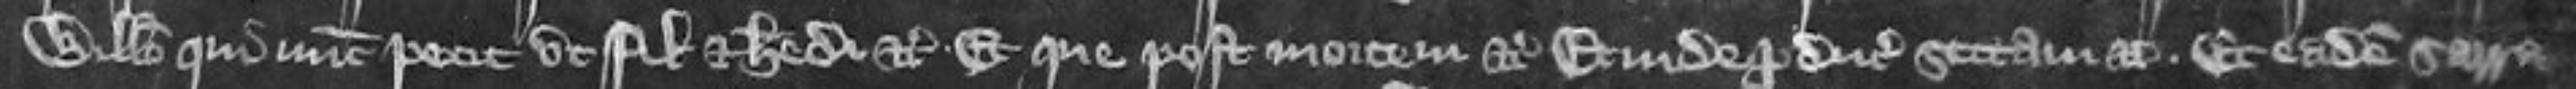
Willelmo qui nunc petit ut filio et heredi etc Et que post mortem etc Et inde producit sectam Et eadem Sarra